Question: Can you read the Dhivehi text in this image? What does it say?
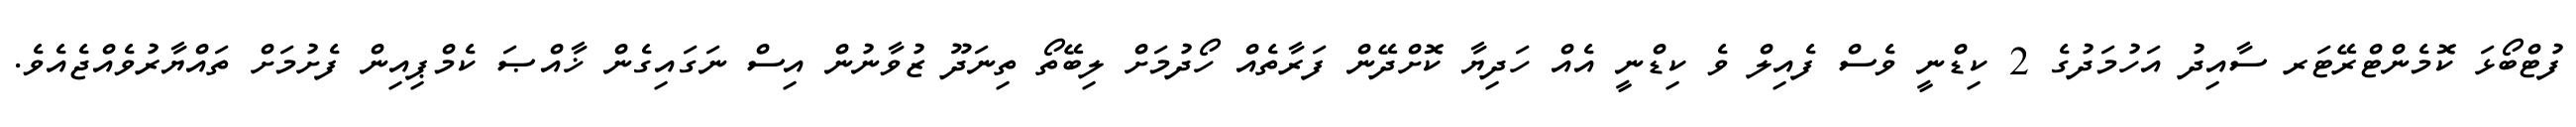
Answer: ފުޓްބޯޅަ ކޮމެންޓްރޭޓަރ ސާއިދު އަހުމަދުގެ 2 ކިޑްނީ ވެސް ފެއިލް ވެ ކިޑްނީ އެއް ހަދިޔާ ކޮށްދޭން ފަރާތެއް ހޯދުމަށް ލިބޭތޯ ތިނަދޫ ޒުވާނުން އިސް ނަގައިގެން ޚާއްޞަ ކެމްޕިއިން ފެށުމަށް ތައްޔާރުވެއްޖެއެވެ.